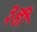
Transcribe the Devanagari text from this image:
३ही